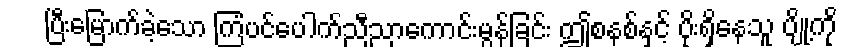
ပြီးမြောက်ခဲ့သော ကြံပင်ပေါက်ညီညာကောင်းမွန်ခြင်း ဤစနစ်နှင့် ပိုးရှိနေသူ ပျို့ကို